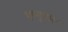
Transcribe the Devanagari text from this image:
पप्पुचारू